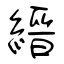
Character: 縉